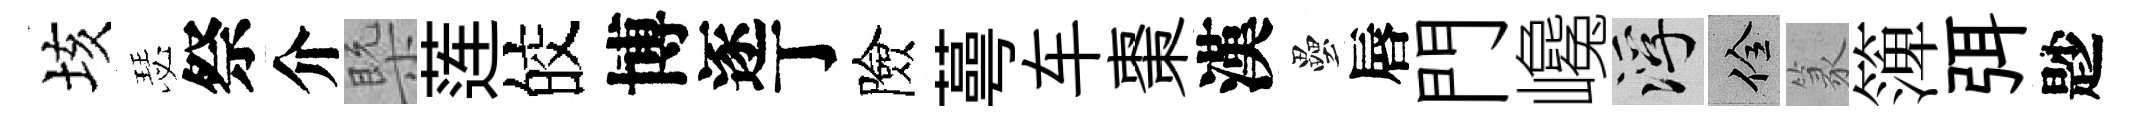
垓瑟祭介槩莲皎博逐丁險蕚车棗漢壘唇門巉浮佺篆𥱼弭尟